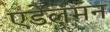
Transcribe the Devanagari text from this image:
एडेलमन